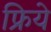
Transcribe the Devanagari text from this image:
फ्रिये